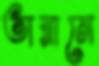
তারানে